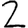
Digit: 2